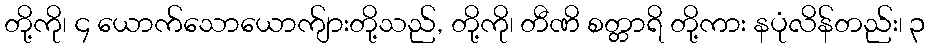
တို့ကို၊ ၄ ယောက်သောယောက်ျားတို့သည်, တို့ကို၊ တီဏိ စတ္တာရိ တို့ကား နပုံလိန်တည်း၊ ၃